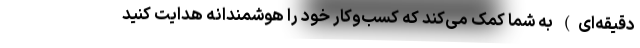
دقیقه‌ای) به شما کمک می‌کند که کسب‌وکار خود را هوشمندانه هدایت کنید